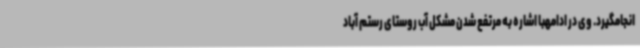
انجامگیرد. وی در ادامهبا اشاره به مرتفع شدن مشکل آب روستای رستم آباد